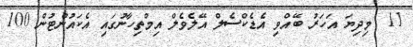
11  މިދިޔަ އަހަރު ބޭއްވި އެޑެކްސެލް އޭލެވެލް އިމްތިހާނުގައި އެކައުންޓުން 100